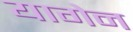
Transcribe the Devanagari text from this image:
यागेन